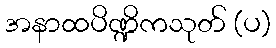
အနာထပိဏ္ဍိကသုတ် (ပ)